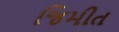
જિમીત